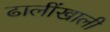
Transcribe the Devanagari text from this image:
ढालींखाली